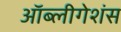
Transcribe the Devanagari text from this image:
ऑब्लीगेशंस